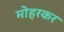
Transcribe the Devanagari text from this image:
मोहरकर